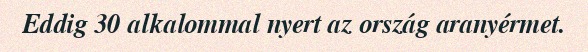
Eddig 30 alkalommal nyert az ország aranyérmet.